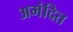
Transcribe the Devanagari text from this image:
अमंदित